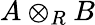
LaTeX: A\otimes_{R}B